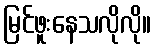
မြင်ဖူးနေသလိုလို။